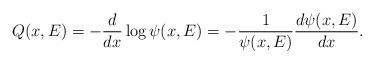
LaTeX: \begin{align*} Q(x,E) =- \frac{d}{dx} \log \psi(x,E) =-\frac{1}{\psi(x,E)}\frac{d\psi(x,E)}{dx}.\end{align*}